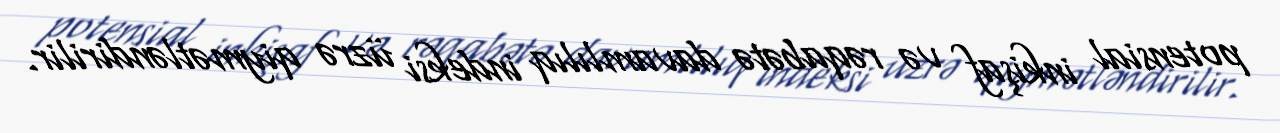
potensial inkişaf və rəqabətə davamlılıq indeksi üzrə qiymətləndirilir.